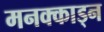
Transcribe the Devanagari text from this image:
मनक्काड्न